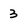
Character: 3